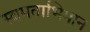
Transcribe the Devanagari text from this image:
स्वमताभिमान